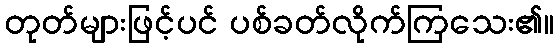
တုတ်များဖြင့်ပင် ပစ်ခတ်လိုက်ကြသေး၏။